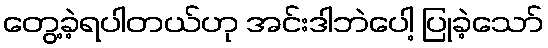
တွေ့ခဲ့ရပါတယ်ဟု အင်းဒါဘဲပေါ့ ပြုခဲ့သော်